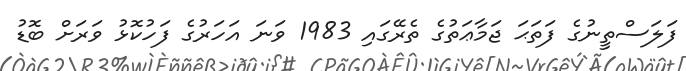
ފަލަސްތީނުގެ ފަތަޙަ ޖަމާޢަތުގެ ތެރޭގައި 1983 ވަނަ އަހަރުގެ ފަހުކޮޅު ވަރަށް ބޮޑު